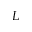
L